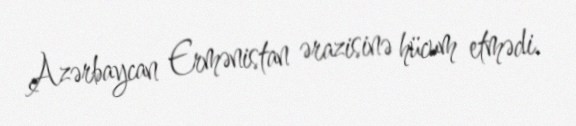
Azərbaycan Ermənistan ərazisinə hücum etmədi.